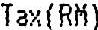
TAX(RM)